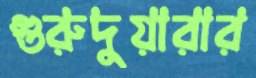
গুরুদুয়ারার